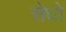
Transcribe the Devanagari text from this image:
सेधो